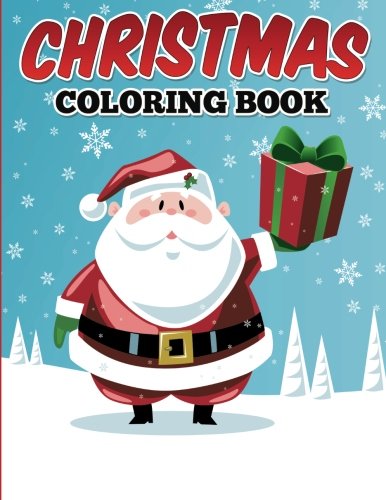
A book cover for Christmas Coloring Book; Uncle G; Children's Books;